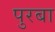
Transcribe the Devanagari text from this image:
पुरबा